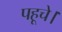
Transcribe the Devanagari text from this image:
पहूचे।